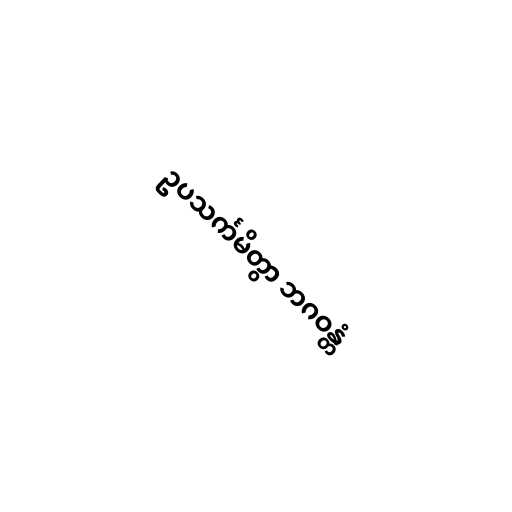
ဥပသင်္ကမိတွာ ဘဂဝန္တံ